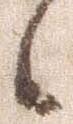
候